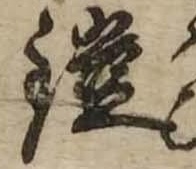
鎧